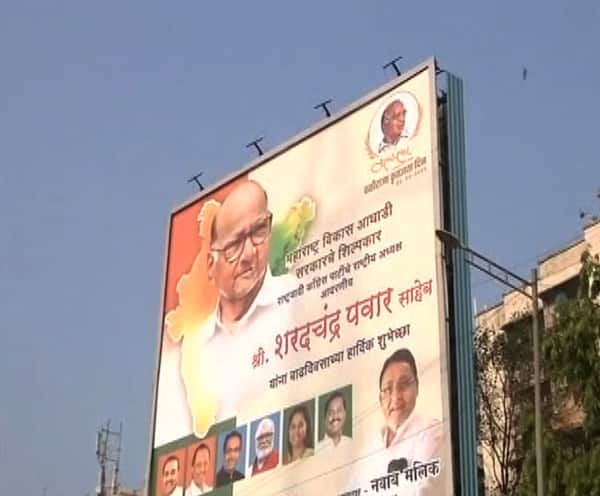
Language: marathi
Transcription: श्री. पवार शरदचंद्र साहेब महाराष्ट्र आघाडी विकास